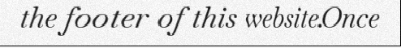
the footer of this website.Once